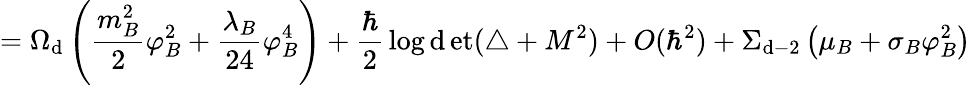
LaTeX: =\Omega_{\mathrm{d}}\left({\frac{{m_{B}^{2}}}{{2}}}\varphi_{B}^{2}+{\frac{{\lambda_{B}}}{{24}}}\varphi_{B}^{4}\right)+{\frac{{\hbar}}{{2}}}\log\operatorname*{\mathrm{d}et}(\triangle+M^{2})+O(\hbar^{2})+\Sigma_{\mathrm{d}-2}\left(\mu_{B}+\sigma_{B}\varphi_{B}^{2}\right)